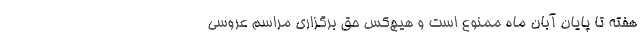
هفته تا پایان آبان ماه ممنوع است و هیچ‌کس حق برگزاری مراسم عروسی